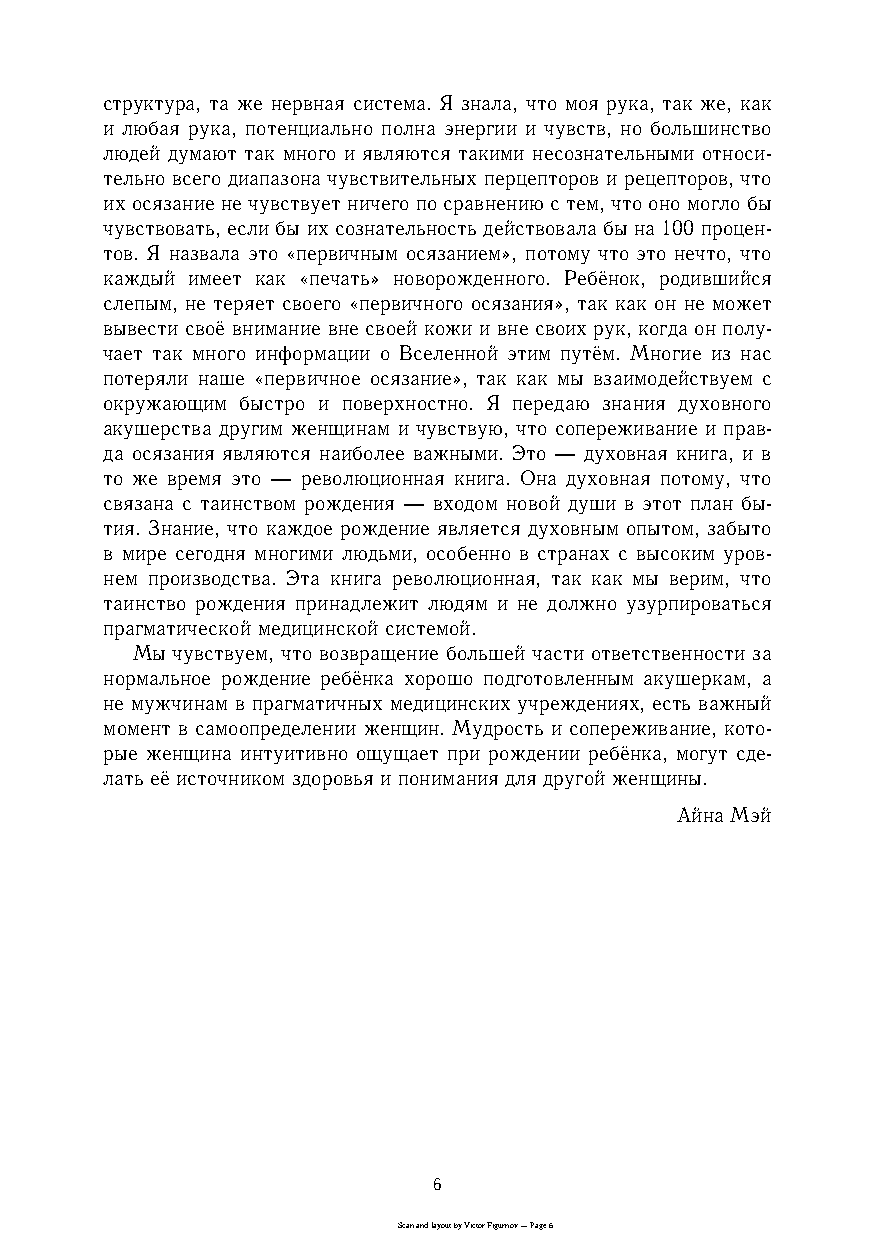
структура, та же нервная система. Я знала, что моя рука, так же, как
 и любая рука, потенциально полна энергии и чувств, но большинство
 людей думают так много и являются такими несознательными относиc
 тельно всего диапазона чувствительных перцепторов и рецепторов, что
 их осязание не чувствует ничего по сравнению с тем, что оно могло бы
 чувствовать, если бы их сознательность действовала бы на 100 проценc
 тов. Я назвала это «первичным осязанием», потому что это нечто, что
 каждый имеет как «печать» новорожденного. Ребёнок, родившийся
 слепым, не теряет своего «первичного осязания», так как он не может
 вывести своё внимание вне своей кожи и вне своих рук, когда он полуc
 чает так много информации о Вселенной этим путём. Многие из нас
 потеряли наше «первичное осязание», так как мы взаимодействуем с
 окружающим быстро и поверхностно. Я передаю знания духовного
 акушерства другим женщинам и чувствую, что сопереживание и правc
 да осязания являются наиболее важными. Это — духовная книга, и в
 то же время это — революционная книга. Она духовная потому, что
 связана с таинством рождения — входом новой души в этот план быc
 тия. Знание, что каждое рождение является духовным опытом, забыто
 в мире сегодня многими людьми, особенно в странах с высоким уровc
 нем производства. Эта книга революционная, так как мы верим, что
 таинство рождения принадлежит людям и не должно узурпироваться
 прагматической медицинской системой.
 Мы чувствуем, что возвращение большей части ответственности за
 нормальное рождение ребёнка хорошо подготовленным акушеркам, а
 не мужчинам в прагматичных медицинских учреждениях, есть важный
 момент в самоопределении женщин. Мудрость и сопереживание, котоc
 рые женщина интуитивно ощущает при рождении ребёнка, могут сдеc
 лать её источником здоровья и понимания для другой женщины.
 Айна Мэй
 6
 Scan and layout by Victor Figurnov — Page 6